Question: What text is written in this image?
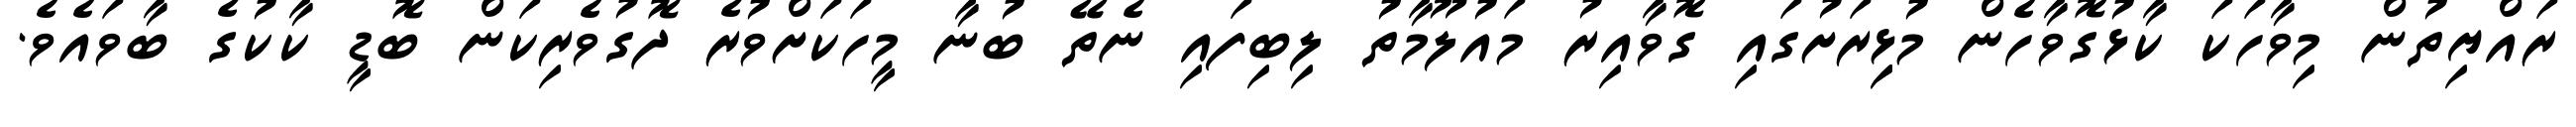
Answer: ރައްޔިތުން މިވާހަކަ ކާޅުގޮވާހެން މުޅިިރަށުގައި ގޮވާއިރު މައުލޫމާތު ލިބިފައި ނެތޭ ބުނާ މީހަކަށްވުރެ ދޮގުވެރިކަން ބޮޑީ ކާކުގެ ބާވައެވެ.